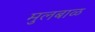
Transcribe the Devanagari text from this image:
मुलबाळ